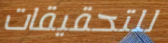
للتحقيقات